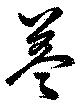
盖